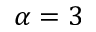
\alpha = 3